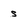
Character: s